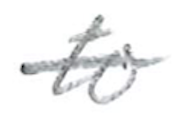
Text: to
Cross-out: single-line
Writing tool: pencil